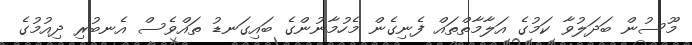
މޫސުން ބަދަލުވާ ކަމުގެ އަލާމާތްތައް ފެނިގެން މެހުމާނުންގެ ބައިގަނޑު ތައްވެސް އެނބުރި ދިއުމުގެ